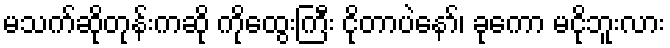
မသက်ဆိုတုန်းကဆို ကိုထွေးကြီး ငိုတာပဲနော်၊ ခုကော မငိုဘူးလား